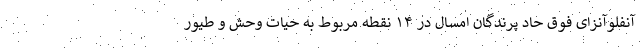
آنفلوآنزای فوق حاد پرندگان امسال در ۱۴ نقطه مربوط به حیات وحش و طیور